Annual report on the working of the mental hospitals in the Madras Presidency - 1912-1932
Year: 1912
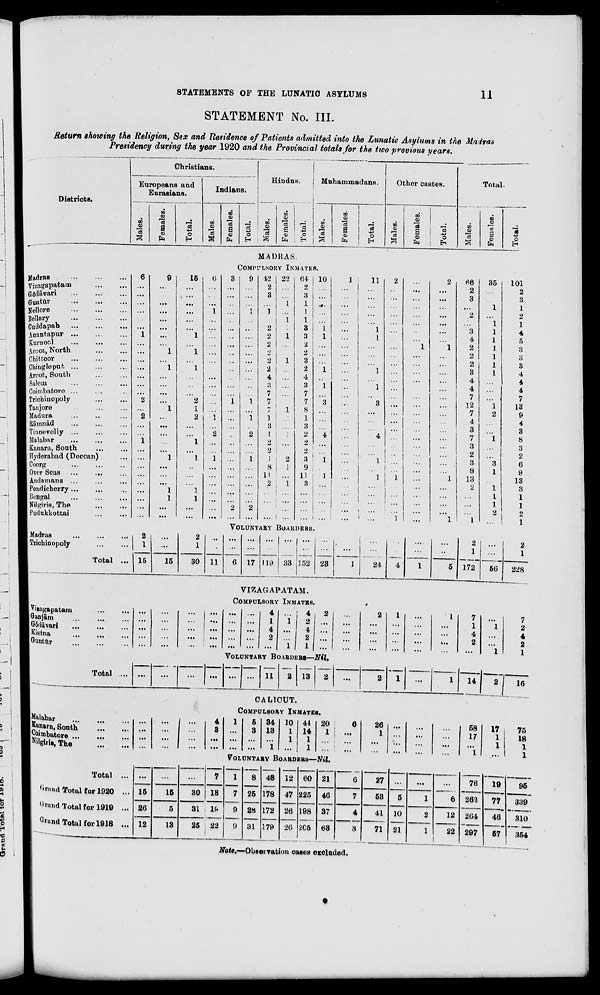
STATEMENTS OF THE LUNATIC ASYLUMS
11
STATEMENT No. III.
Return showing the Religion, Sex and Residence of Patients admitted into the Lunatic Asylums in the Madras
Presidency during the year 1920 and the Provincial totals for the two previous years.
Districts.
Christians.
Europeans and
Eurasians.
Males.
Females.
Total.
Indians.
Males.
Females.
Total.
Hindus.
Mal es .
Females.
Total.
Muhammadans.
Males.
Females.
Total.
Other castes.
Males.
Females.
Total.
Total.
Males.
Females.
Total.
MADRAS
COMPULSORY INMATES.
Madras
...
...
...
Vizagapatam
...
...
Gōdāvari ... ... ...
Guntūr ... ... ...
Nellore ... ... ...
Bellary ... ... ...
Cuddapab ... ... ...
Anantapur ... ... ...
Kurnool ... ... ...
Arcot, North
...
...
Chittoor
...
...
...
Chingleput
...
...
...
Arcot, South ... ...
Salem ... ... ...
Coimbatore ... ... ...
Triohinopoly ... ...
Tanjore
...
...
...
Madura ... ... ...
Rāmnād ... ... ...
Tinnevelly
...
...
...
Malabar ... ... ...
Kanara, South ... ...
Hyderabad (Deccan) ...
Coorg
...
...
...
Over Seas ... ... ...
Andamans ... ... ...
Pondicherry ... ... ...
Bengal
...
...
...
Nilgiris, The
...
...
Pudukkottai ... ...
6
...
...
...
...
...
...
1
...
...
...
...
...
...
...
2
...
2
...
...
1
...
...
...
...
...
...
...
...
...
9
...
...
...
...
...
...
...
...
1
...
1
...
...
...
...
1
...
...
...
...
...
1
...
...
...
1
1
...
...
15
...
...
...
...
...
...
1
...
1
...
1
...
...
...
2
1
2
...
...
1
...
1
..
...
...
1
1
...
...
6
...
...
...
1
...
...
...
...
...
...
...
...
...
...
...
...
1
...
2
...
...
1
...
...
...
...
...
...
...
3
...
...
...
...
...
...
...
...
...
...
...
...
...
...
1
...
...
...
...
...
...
...
...
...
...
...
...
2
...
9
...
...
...
1
...
...
...
...
...
...
...
...
...
...
1
...
1
...
2
...
...
1
...
...
...
...
...
2
...
42
2
3
...
1
...
2
2
2
2
2
2
4
3
7
7
7
1
3
1
2
2
1
8
11
2
...
...
...
...
22
...
...
1
...
1
...
1
...
...
1
...
...
...
...
...
1
...
...
1
...
...
2
1
...
1
...
...
...
...
64
2
3
1
1
1
3
3
2
2
3
2
4
3
7
7
8
1
3
2
2
2
3
9
11
3
...
...
...
...
10
...
...
...
...
...
1
1
...
...
...
1
...
1
...
3
...
...
...
4
...
...
1
...
1
...
...
...
...
...
1
...
...
...
...
...
...
...
...
...
...
...
...
...
...
...
...
...
...
...
...
...
...
...
...
...
...
...
...
...
11
...
...
...
...
...
1
1
...
...
...
1
...
1
...
3
...
...
...
4
...
...
1
...
1
...
...
...
...
...
2
...
...
...
...
...
...
...
...
...
...
...
...
...
...
...
...
...
...
...
...
...
...
...
1
...
...
...
...
1
...
...
...
...
...
...
...
...
1
...
...
...
...
...
...
...
...
...
...
...
...
...
...
...
...
...
...
...
...
...
2
...
...
...
...
...
...
...
1
...
...
...
...
...
...
...
...
...
...
...
...
...
...
...
1
...
...
...
...
1
66
2
3
...
2
...
3
4
2
2
2
3
4
4
7
12
7
4 3
7
3
2
3
8
13
2
...
...
...
1
35
...
...
1
...
1
1
1
1
1
1
1
...
...
...
1
2
...
...
1
...
...
3
1
...
1
1
1
2
...
101
2
3
1
2
1
4
5
3
3
3
4
4
4
7
13
9
4
3
8
3
2
6
9
13
3
1
1
2
1
VOLUNTARY BOARDERS.
Madras
...
...
...
Trichinopoly
...
...
Total ...
2
1
15
...
...
15
2
1
30
...
...
11
...
...
6
...
...
17
...
...
119
...
...
33
...
...
152
...
...
23
...
...
1
...
...
24
...
...
4
....
...
1
...
...
5
2
1
172
...
...
56
2
1
228
VIZAGAPATAM.
COMPULSORY INMATES.
Vizagapatam
Ganjām ...
Gōdāvari ...
Kistna ...
Guntūr ...
...
...
...
...
...
...
...
...
...
...
...
...
...
...
...
...
...
...
...
...
...
...
...
...
...
...
...
...
...
...
...
...
...
...
...
...
...
...
...
...
4
1
4
2
...
...
1
...
...
1
4
2
4
2
1
2
...
...
...
...
...
...
...
...
...
2
...
...
...
...
1
...
...
...
...
...
...
...
...
...
1
...
...
...
...
7
1
4
2
...
...
1
...
...
1
7
2
4
2
1
VOLUNTARY
BOARDERS—Nil.
Total ... ...
...
...
...
...
...
11
2 13
2
...
2
1
...
1
14
2
16
CALICUT.
COMPULSORY INMATES.
Malabar
...
...
...
Kanara, South
...
...
Coimbatore ... ... ...
Nilgiris, The
...
...
...
...
...
...
...
...
...
...
...
...
...
...
4
3
...
...
1
...
...
...
5
3
...
...
34
13
...
1
10
1
1
...
44
14
1
1
20
1
...
...
6
...
...
...
26
1
...
...
...
...
...
...
...
...
...
...
...
...
...
...
58
17
...
1
17
1
1
...
75
18
1
1
VOLUNTARY BOARDERS—Nil.
Total ...
Graud Total for 1920 ...
Grand Total for 1919 ...
Grand Total for 1918 ...
...
15
26
12
...
15
5
13
...
30
31
25
7
18
19
22
1
7
9
9
8
25
28
31
48
178
172
179
12
47
26
26
60
225
198
205
21
46
37
63
6
7
4
8
27
53
41
71
...
5
10
21
...
1
2
1
...
6
12
22
76
262
264
297
19
77
46
57
95
339
310
354
Note.—Observation cases excluded.